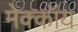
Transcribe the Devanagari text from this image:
मेक्कॉय